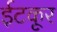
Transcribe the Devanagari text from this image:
ईटकूर